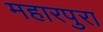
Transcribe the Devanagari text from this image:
महारपुरा